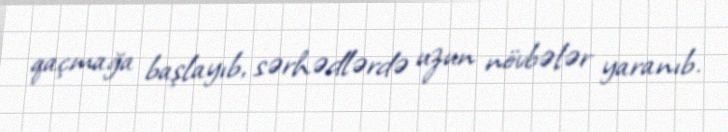
qaçmağa başlayıb, sərhədlərdə uzun növbələr yaranıb.